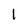
Character: 1